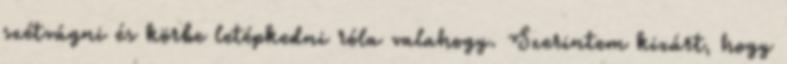
szétvágni és körbe letépkedni róla valahogy. Szerintem kizárt, hogy